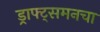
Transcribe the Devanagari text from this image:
ड्राफ्ट्‌समनचा